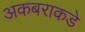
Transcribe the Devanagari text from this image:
अकबराकडे